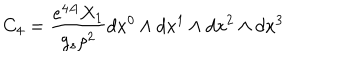
C _ { 4 } = { \frac { e ^ { 4 A } X _ { 1 } } { g _ { s } \rho ^ { 2 } } } d x ^ { 0 } \wedge d x ^ { 1 } \wedge d x ^ { 2 } \wedge d x ^ { 3 }